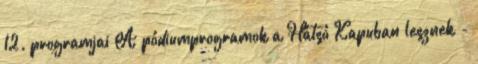
12. programjai A pódiumprogramok a Hátsó Kapuban lesznek -